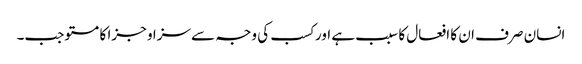
انسان صرف ان کا افعال کا سبب ہے اور کسب کی وجہ سے سزا و جزا کا مستوجب۔